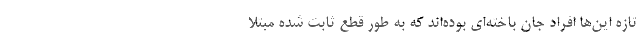
تازه این‌ها افراد جان باخته‌ای بوده‌اند که به طور قطع ثابت شده مبتلا